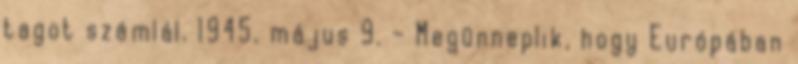
tagot számlál. 1945. május 9. – Megünneplik, hogy Európában